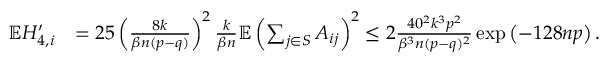
\begin{array} { r l } { \mathbb { E } H _ { 4 , i } ^ { \prime } } & { = 2 5 \left( \frac { 8 k } { \beta n ( p - q ) } \right) ^ { 2 } \frac { k } { \beta n } \mathbb { E } \left( \sum _ { j \in S } A _ { i j } \right) ^ { 2 } \leq 2 \frac { 4 0 ^ { 2 } k ^ { 3 } p ^ { 2 } } { \beta ^ { 3 } n ( p - q ) ^ { 2 } } \exp \left( - 1 2 8 n p \right) . } \end{array}